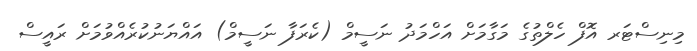
މިނިސްޓަރ އޮފް ހެލްތުގެ މަގާމަށް އަހްމަދު ނަސީމް (ކެރަފާ ނަސީމް) އައްޔަނުކުރެއްވުމަށް ރައީސް